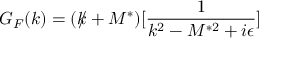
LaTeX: G _ { F } ( k ) = ( k \! \! \! / + M ^ { \ast } ) [ \frac { 1 } { k ^ { 2 } - M ^ { \ast 2 } + i \epsilon } ]